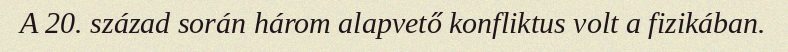
A 20. század során három alapvető konfliktus volt a fizikában.